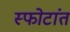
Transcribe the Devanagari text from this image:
स्फोटांत